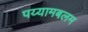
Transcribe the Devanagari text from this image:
पय्यामबलम